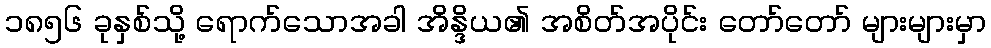
၁၈၅၆ ခုနှစ်သို့ ရောက်သောအခါ အိန္ဒိယ၏ အစိတ်အပိုင်း တော်တော် များများမှာ